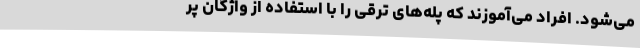
می‌شود. افراد می‌آموزند که پله‌های ترقی را با استفاده از واژگان پر